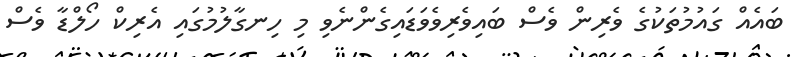
ބައެއް ގައުމުތަކުގެ ވެރިން ވެސް ބައިވެރިވެވަޑައިގެންނެވި މި ހިނގާލުމުގައި އެރިކް ހޯލްޑާ ވެސް